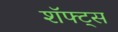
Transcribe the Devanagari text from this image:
शॅफ्ट्स